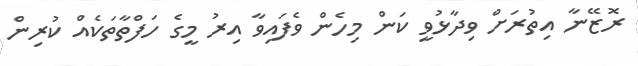
ރޮޒޭނާ އިތުރަށް ވިދާޅުވީ ކަން މިހެން ވެފައިވާ އިރު މީގެ ހަފްތާތަކެއް ކުރިން